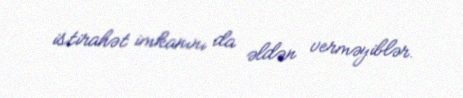
istirahət imkanını da əldən verməyiblər.